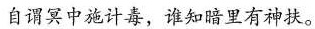
自谓冥中施计毒，谁知暗里有神扶。